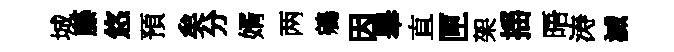
城藤悠預矣分婿两鵷因舉直匣架揺晤涛滅